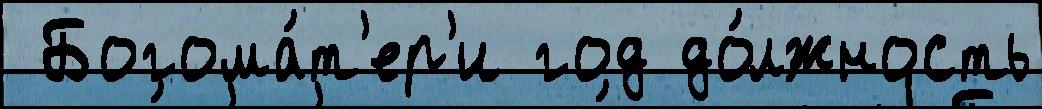
 Богома́т'ер'и год до́лжность